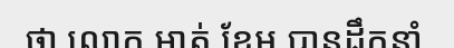
ថា លោក អាត់ ខែម បានដឹកនាំ